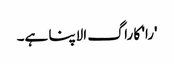
'را' کا راگ الاپنا ہے۔